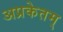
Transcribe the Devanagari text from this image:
अप्रकेतम्